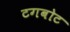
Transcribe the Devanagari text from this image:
टगबोट